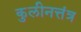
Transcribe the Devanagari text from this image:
कुलीनत्तंत्र